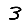
Digit: 3